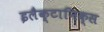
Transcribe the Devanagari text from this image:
इलैक्टानिक्स